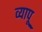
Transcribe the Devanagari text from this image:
व्यापू